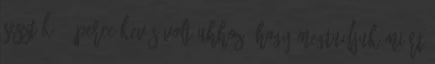
Seszták 45 perce kevés volt ahhoz, hogy megtudjuk miért